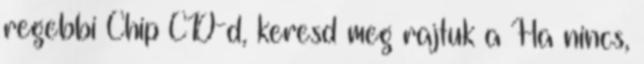
regebbi Chip CD-d, keresd meg rajtuk a Ha nincs,